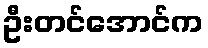
ဦးတင်အောင်က